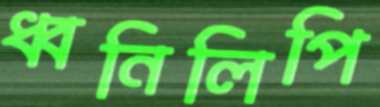
ধ্বনিলিপি